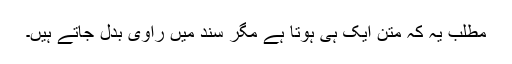
مطلب یہ کہ متن ایک ہی ہوتا ہے مگر سند میں راوی بدل جاتے ہیں۔